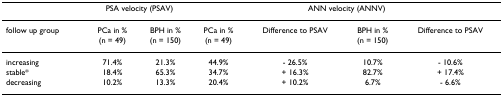
<table><thead><tr><td></td><td colspan="2"><b>PSA velocity (PSAV)</b></td><td colspan="4"><b>ANN velocity (ANNV)</b></td></tr></thead><tbody><tr><td>follow up group</td><td>PCa in %(n = 49)</td><td>BPH in %(n = 150)</td><td>PCa in %(n = 49)</td><td>Difference to PSAV</td><td>BPH in %(n = 150)</td><td>Difference to PSAV</td></tr><tr><td>increasing</td><td>71.4%</td><td>21.3%</td><td>44.9%</td><td>- 26.5%</td><td>10.7%</td><td>- 10.6%</td></tr><tr><td>stable*</td><td>18.4%</td><td>65.3%</td><td>34.7%</td><td>+ 16.3%</td><td>82.7%</td><td>+ 17.4%</td></tr><tr><td>decreasing</td><td>10.2%</td><td>13.3%</td><td>20.4%</td><td>+ 10.2%</td><td>6.7%</td><td>- 6.6%</td></tr></tbody></table>